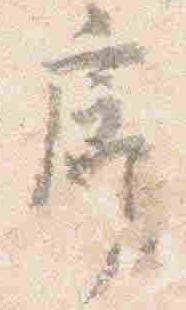
廊